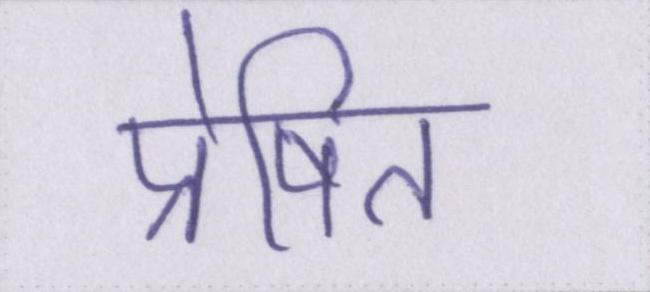
प्रेषित